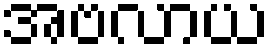
အဗလာယ